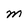
Character: M